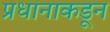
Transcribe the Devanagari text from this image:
प्रधानाकडून